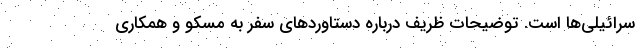
سرائیلی‌ها است. توضیحات ظریف درباره دستاوردهای سفر به مسکو و همکاری